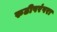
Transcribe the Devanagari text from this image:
रुढीपरंपरा